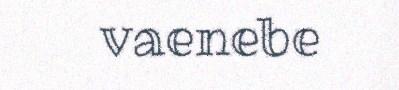
vaenebe